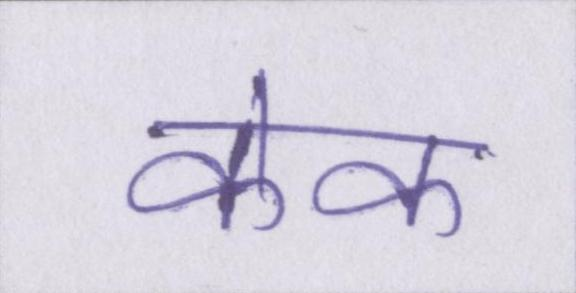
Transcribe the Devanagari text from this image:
केक